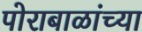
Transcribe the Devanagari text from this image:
पोराबाळांच्या